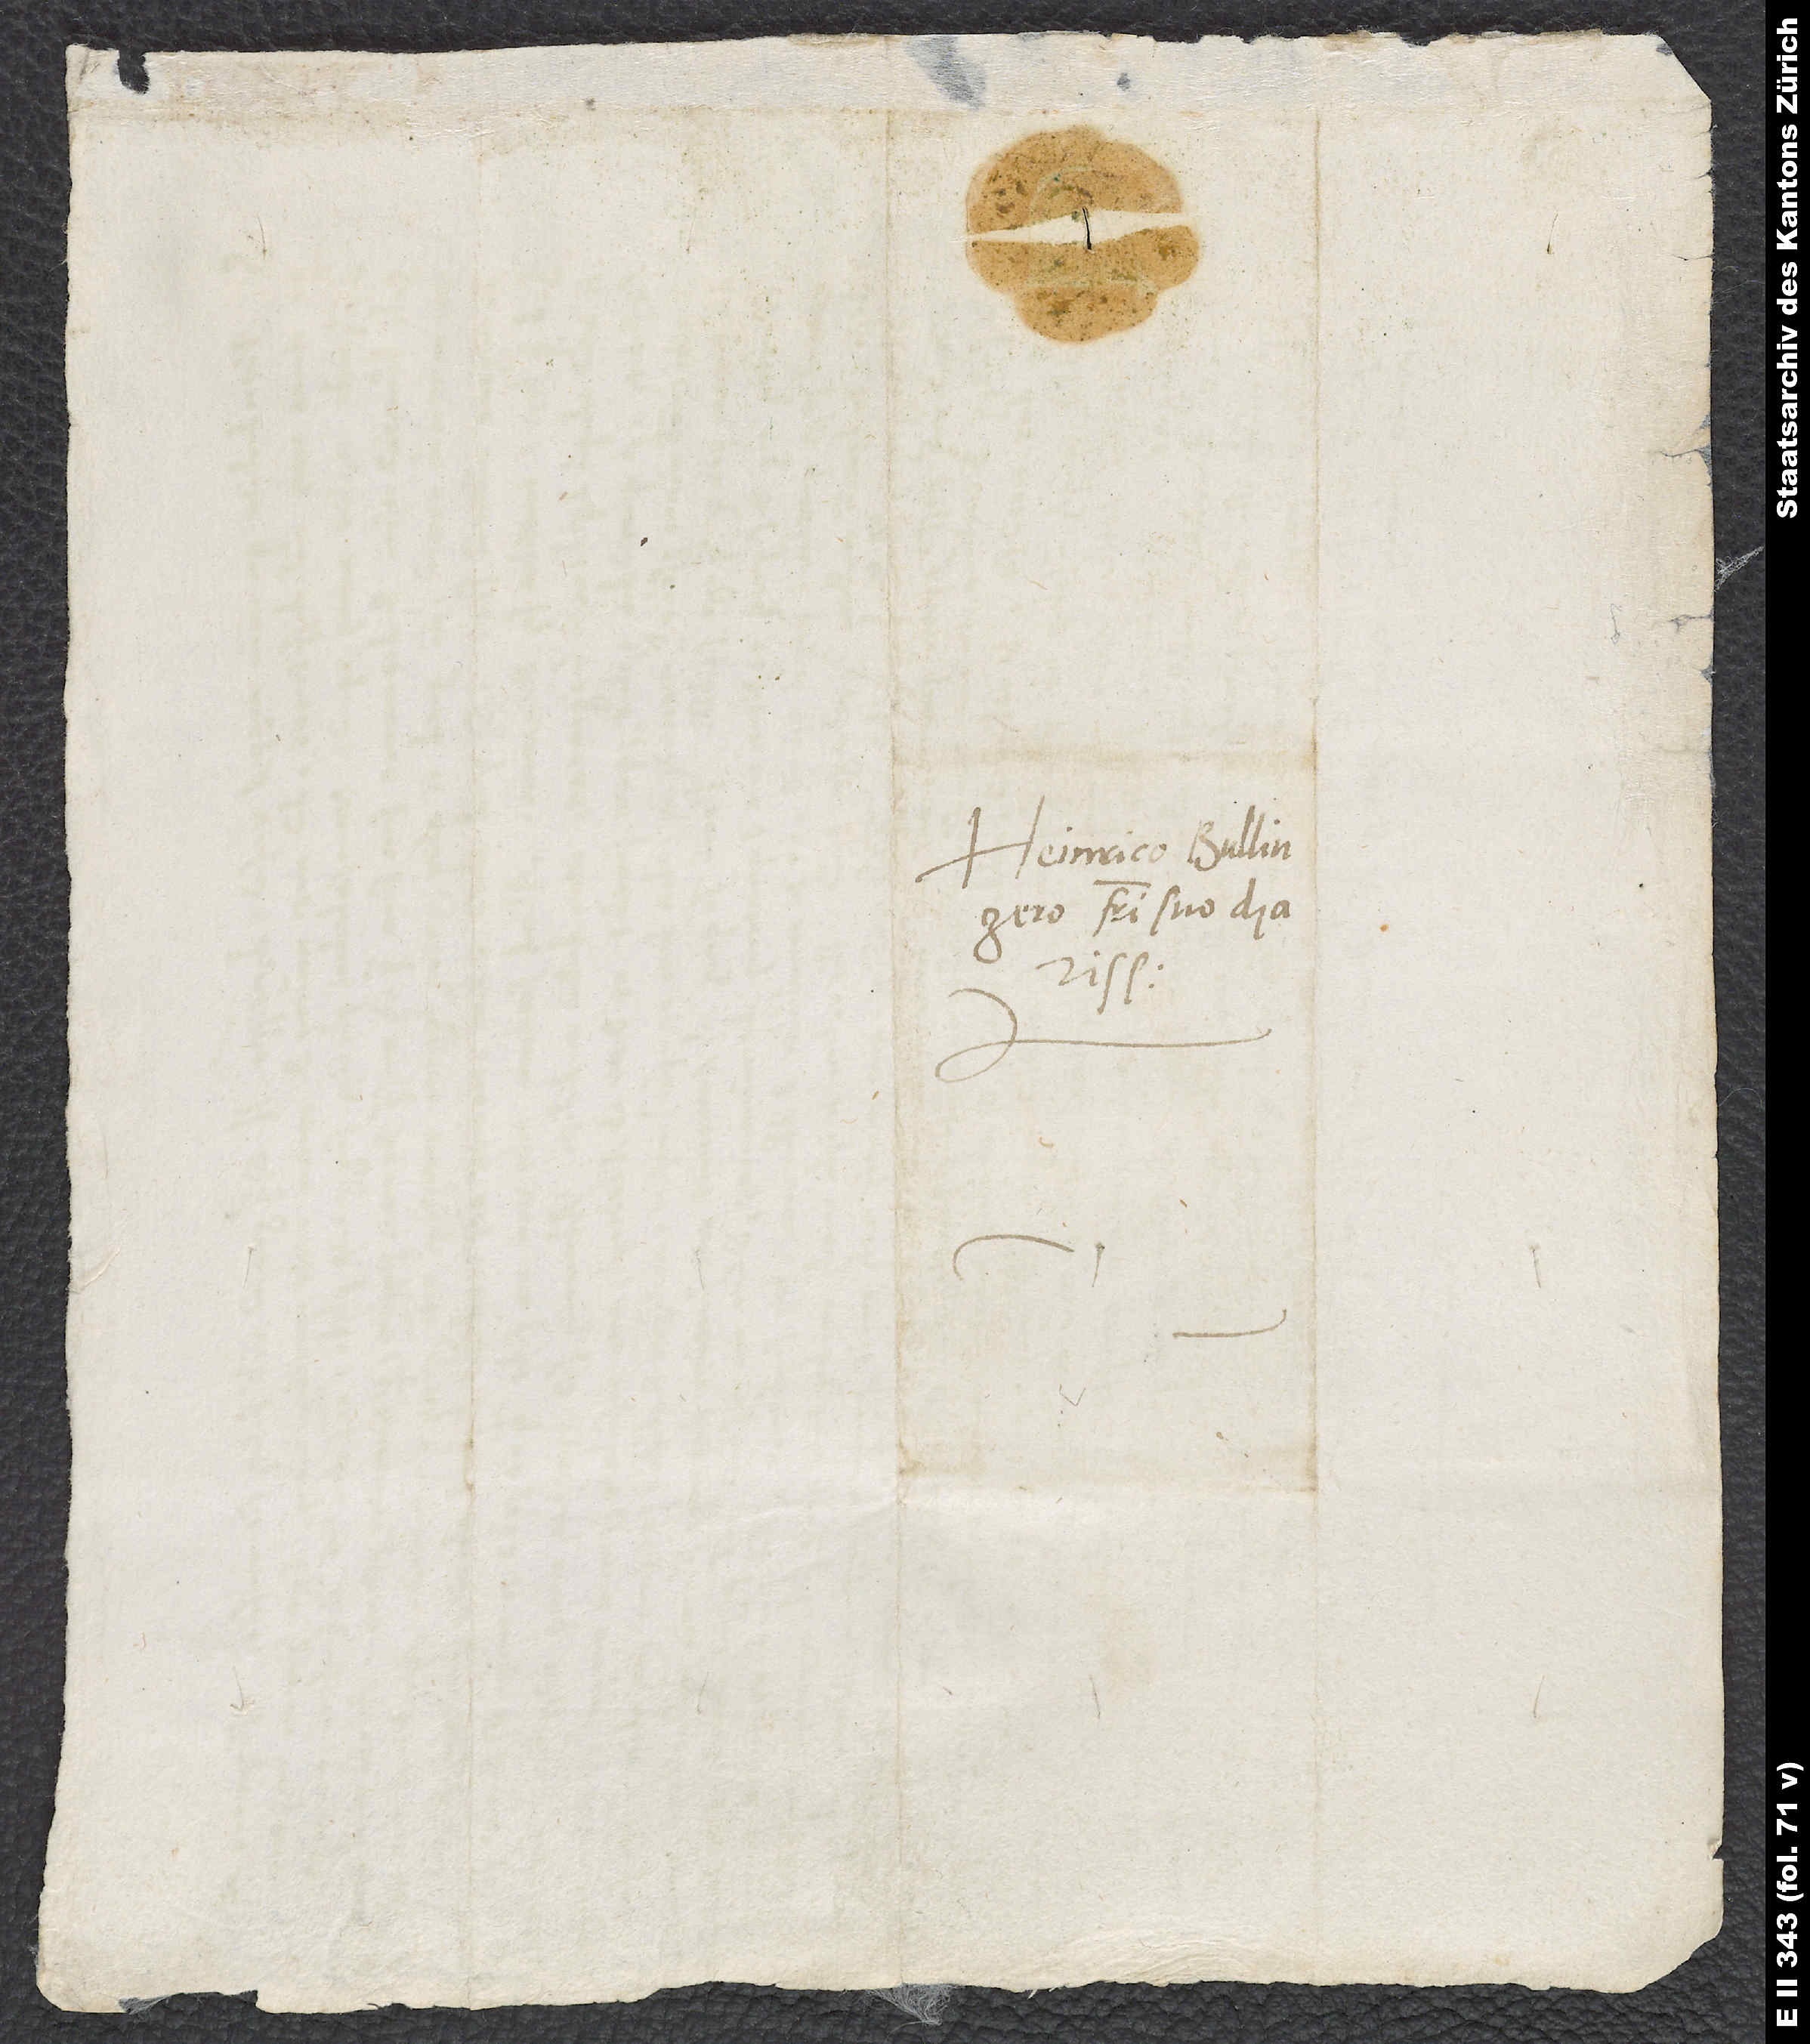
Heinrico Bullingero,
fratri suo